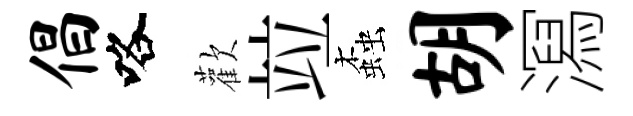
倡咯歡竝螙胡㵼